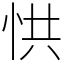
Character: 㤨